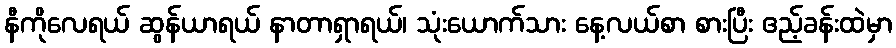
နီကိုလေရယ် ဆွန်ယာရယ် နာတာရှာရယ်၊ သုံးယောက်သား နေ့လယ်စာ စားပြီး ဧည့်ခန်းထဲမှာ